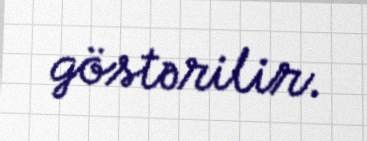
göstərilir.